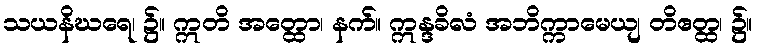
သယနိဃရေ၊ ၌။ ဣတိ အတ္ထော၊ နက်။ ဣန္ဒခိလံ အဘိက္ကာမေယျ တိဧတ္ထ၊ ၌။